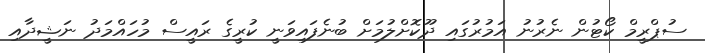
ސުޕްރީމް ކޯޓުން ނެރުނު އަމުރުގައި ދޫކޮށްލުމަށް ބުނެފައިވަނީ ކުރީގެ ރައީސް މުހައްމަދު ނަޝީދާއި